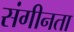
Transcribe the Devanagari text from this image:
संगीनता